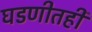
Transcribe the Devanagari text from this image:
घडणीतही